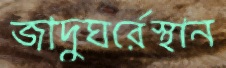
জাদুঘর্রেস্থান